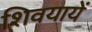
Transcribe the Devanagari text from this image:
शिवयायें